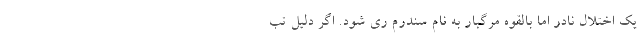
یک اختلال نادر اما بالقوه مرگبار به نام سندرم ری شود. اگر دلیل تب